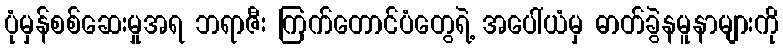
ပုံမှန်စစ်ဆေးမှုအရ ဘရာဇီး ကြက်တောင်ပံတွေရဲ့ အပေါ်ယံမှ ဓာတ်ခွဲနမူနာများကို